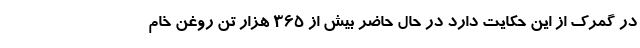
در گمرک از این حکایت دارد در حال حاضر بیش از ۳۶۵ هزار تن روغن خام